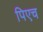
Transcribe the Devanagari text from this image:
पिएच